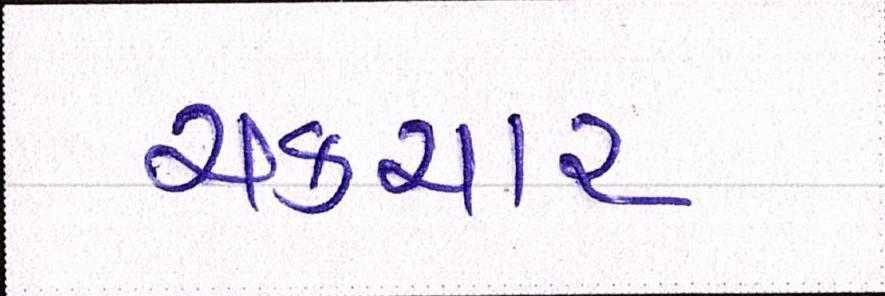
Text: ચકચાર